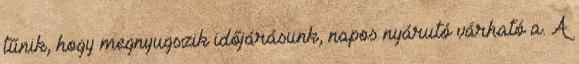
tűnik, hogy megnyugszik időjárásunk, napos nyárutó várható a. A